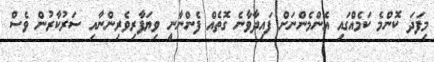
މިފަދަ ކޮންމެ ކަމެއްގައި އެންމެންނަށް ފައިދާވާނެ ގޮތެއް ފެންނާނީ ވިޔަފާރިވެރިންނާއި ސަރުކާރުން ވެސް